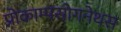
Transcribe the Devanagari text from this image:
प्रोकाम्‍पसोगनेथस